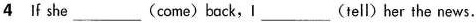
4 If she ___ (come) back, l ___ (tell) her the news.